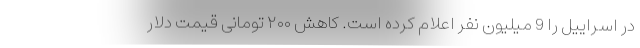
در اسراییل را 9 میلیون نفر اعلام کرده است. کاهش ۲۰۰ تومانی قیمت دلار